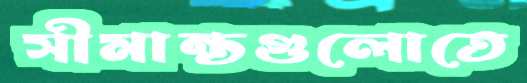
সীমান্তগুলোতে